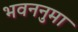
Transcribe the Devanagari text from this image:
भवननुमा